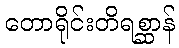
တောရိုင်းတိရစ္ဆာန်